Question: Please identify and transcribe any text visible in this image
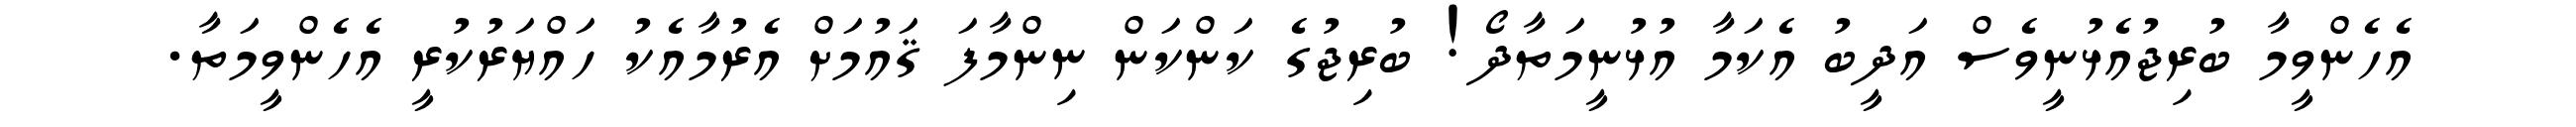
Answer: އެހެންވީމާ ބުރިޖުއެޅުނީވެސް އަދީބު އެކަމާ އުޅުނީމަތާދޯ! ބުރިޖުގެ ކަންކަން ނިންމާފަ ޤައުމަށް އެރުމާއެކު ހައްޔަރުކުރީ އެހެންވީމަތާ.